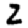
Digit: 2